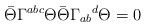
\begin{align*}\bar{\Theta} \Gamma^{abc} \Theta \bar{\Theta} \Gamma_{ab}{}^d \Theta = 0\end{align*}